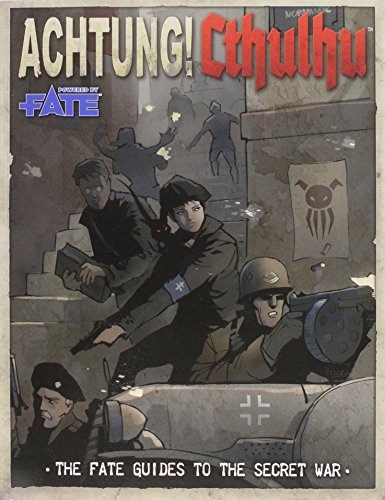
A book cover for Achtung! Cthulhu Fate Guide to the Secret War; Lynne Hardy; Science Fiction & Fantasy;